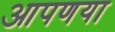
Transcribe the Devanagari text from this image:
आपणया